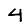
Digit: 4